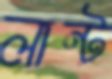
লান্ট